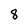
Character: 8